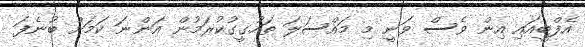
އެފްބީއައި އިން ވެސް ވަނީ މި މައްސަލަ ތަހުގީގުކުރަމުން އަންނަ ކަމަށް ބުނެފަ